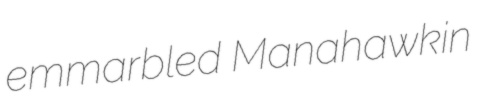
emmarbled Manahawkin